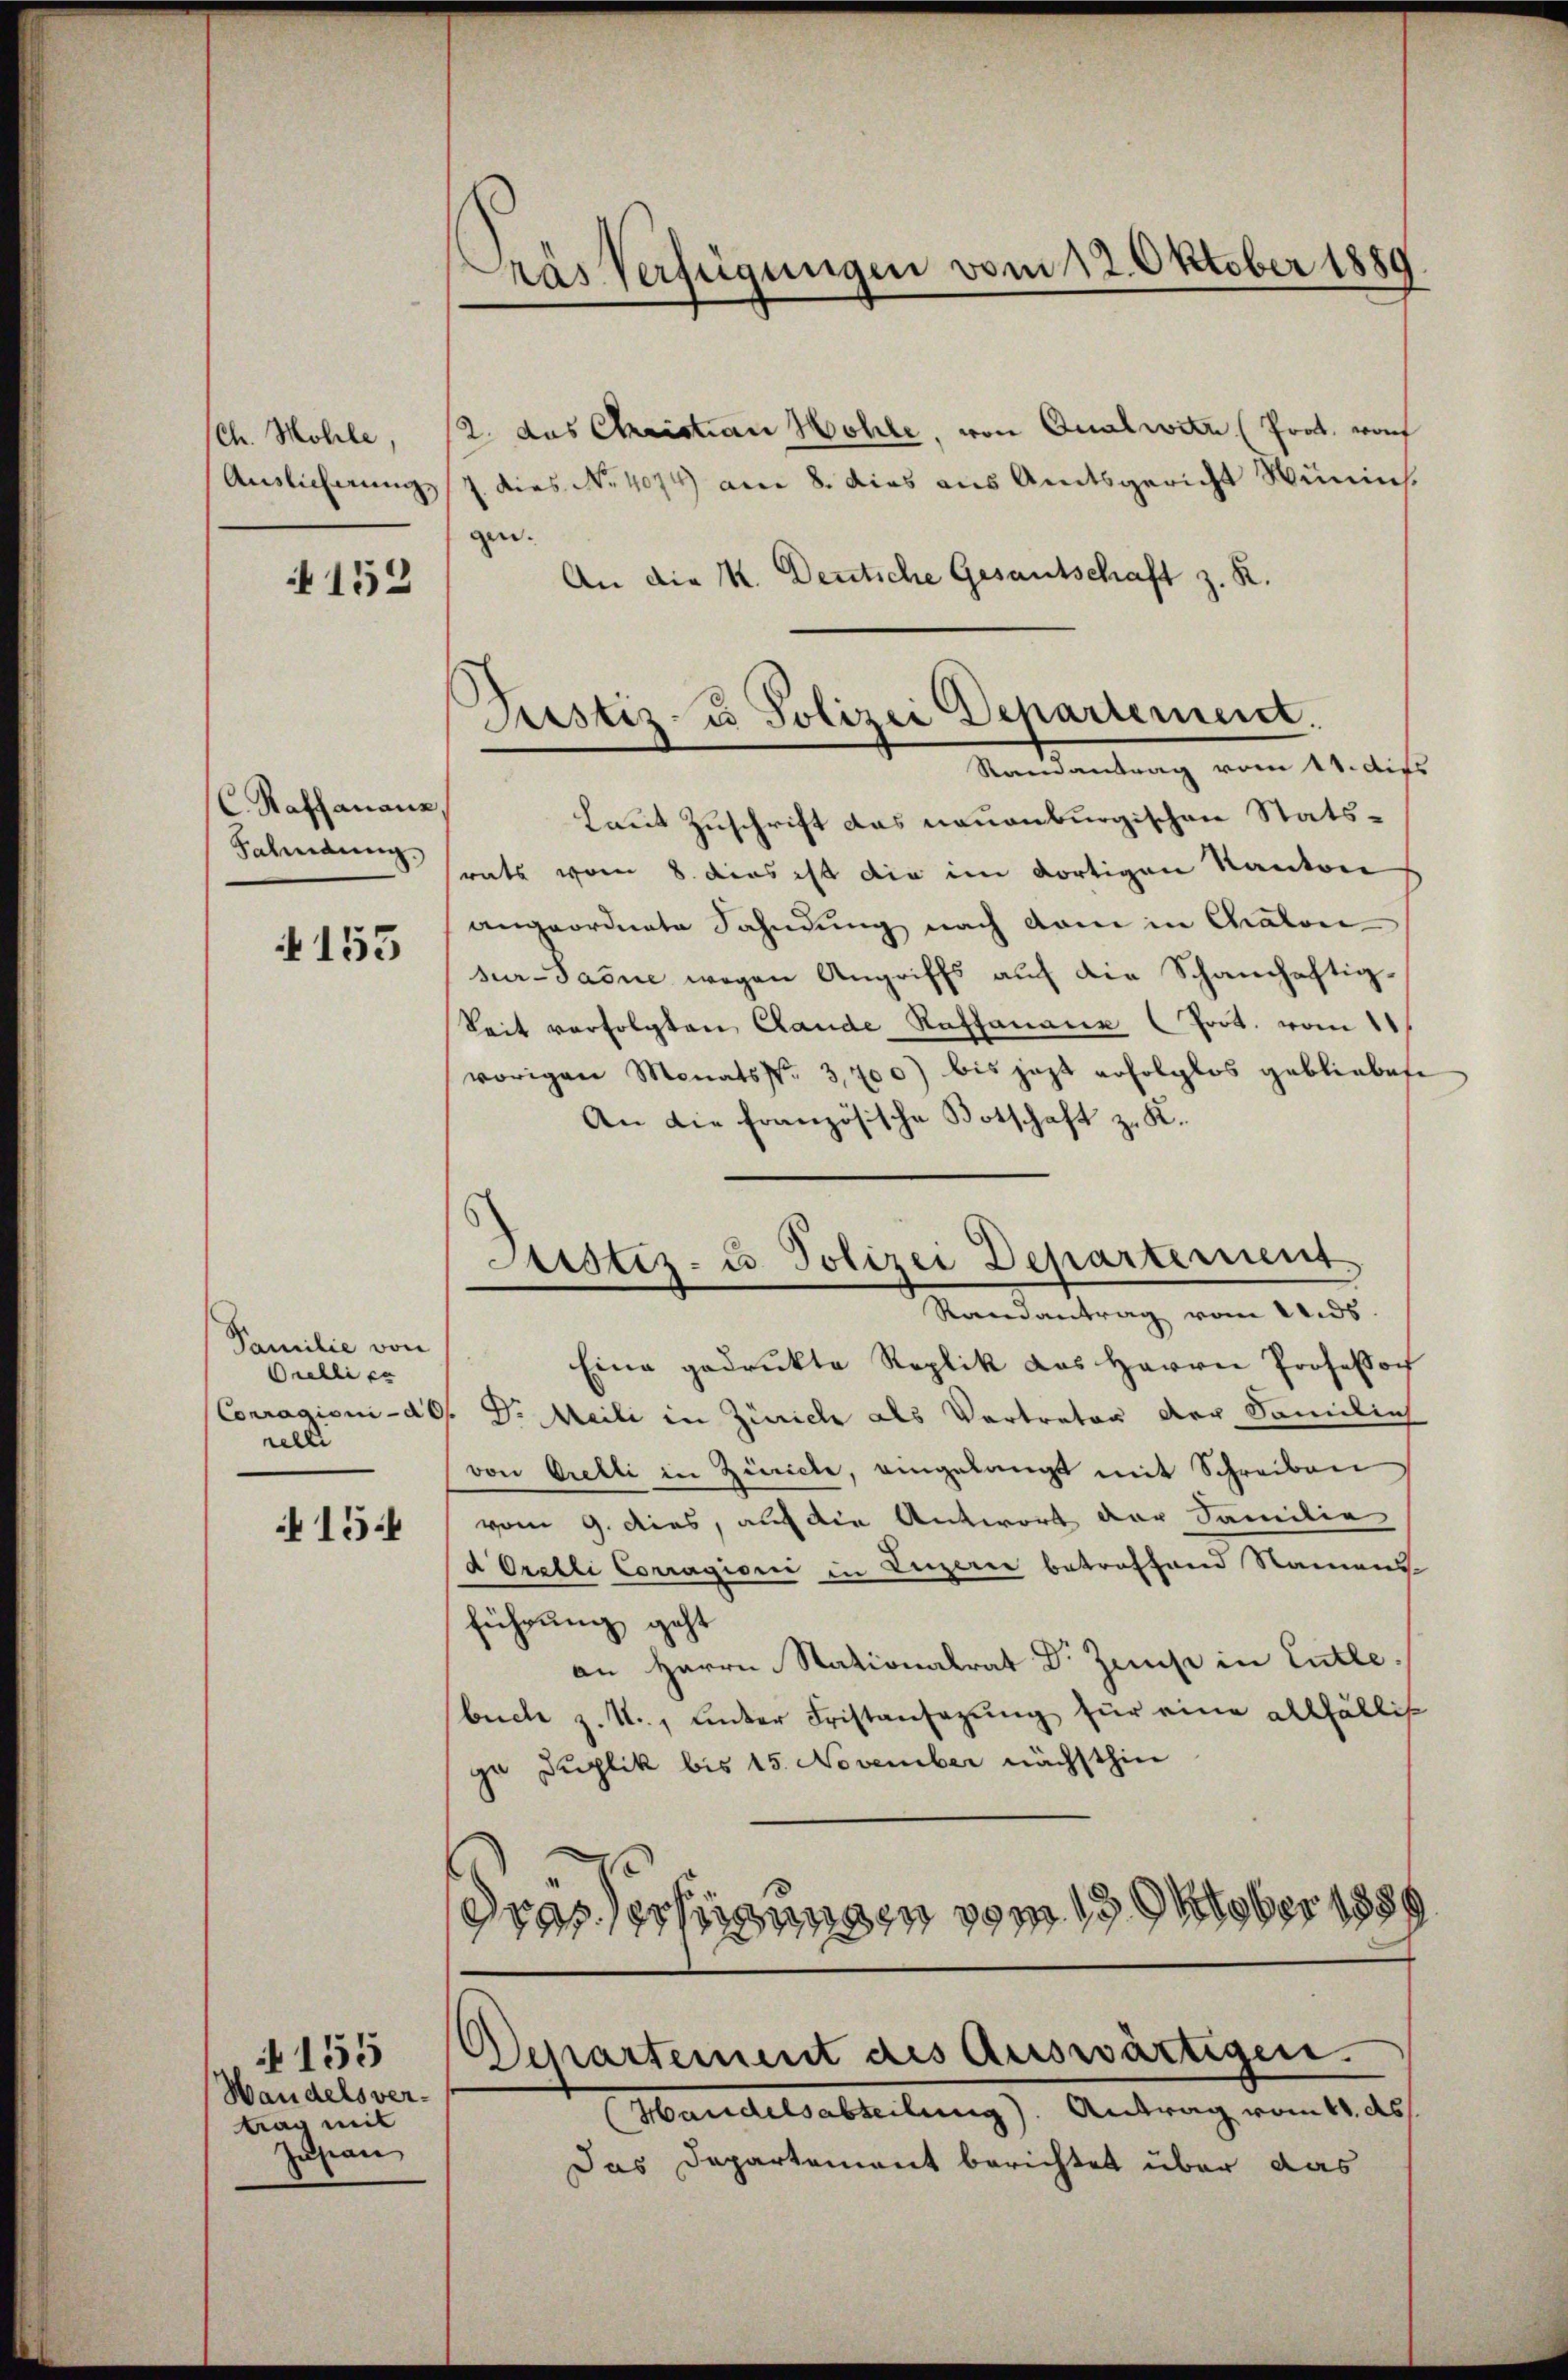
Sch. Mohle,
Auslicherung

152

C. Raffanaus
Fahndung.

153

Familie von
Orellier
Conragion de
relli

154

155
Handelsver-
tio mit
Zugan

Pras Verfügungen vom 12. Oktober 1889

2. das Christian Höhle, von Qualwitz (Prot. von
J. dies No. 4074) am 8. dies aus Amtsgericht Winin
gen. |
An die K. Deutsche Gesantschaft z. R.
Laut Zuschrift das neuenburgischen Statsrats vom 8. dies ist die im dortigen Kanton
angeordnete Fahndung nach dem in Chalon
sur-Pasne wegen Angriffs auf die Schanhaftig¬
Seit verfolgten Rande Raffanaux (Poct. vom 11
vorigen Monatsfr. 3,700) bis jezt erfolglos gebliebete
An die französische Botschaft z. K.
Justiz- u. Polizei Departement
Randantrag vom Uids.
Eine gedrukte Replik das Herrn Professor
D. Meili in Zürich als Vertrator der Samilieh
von Orelli in Zürich, eingelangt mit Schreiben
vom 9. dies, auf die Antwort der Familie
d Orelli Corragioni in Luzerne betreffend Namens
führung geht
an Herrn Stationalrat Dr. Zinse in Entle.
buche z. R., unter Fristansazung für eine allfällig
ge Duplik bis 15. November nächsthin
drassertigungen vom 13. Oktober 1889

Justiz- u Polizei Departement.
Ramantrag vom 14. dies

Departement des Auswärtigen.
Handelsabteilung). Antrag vom 11. ds.

Das Departement berichtet über das